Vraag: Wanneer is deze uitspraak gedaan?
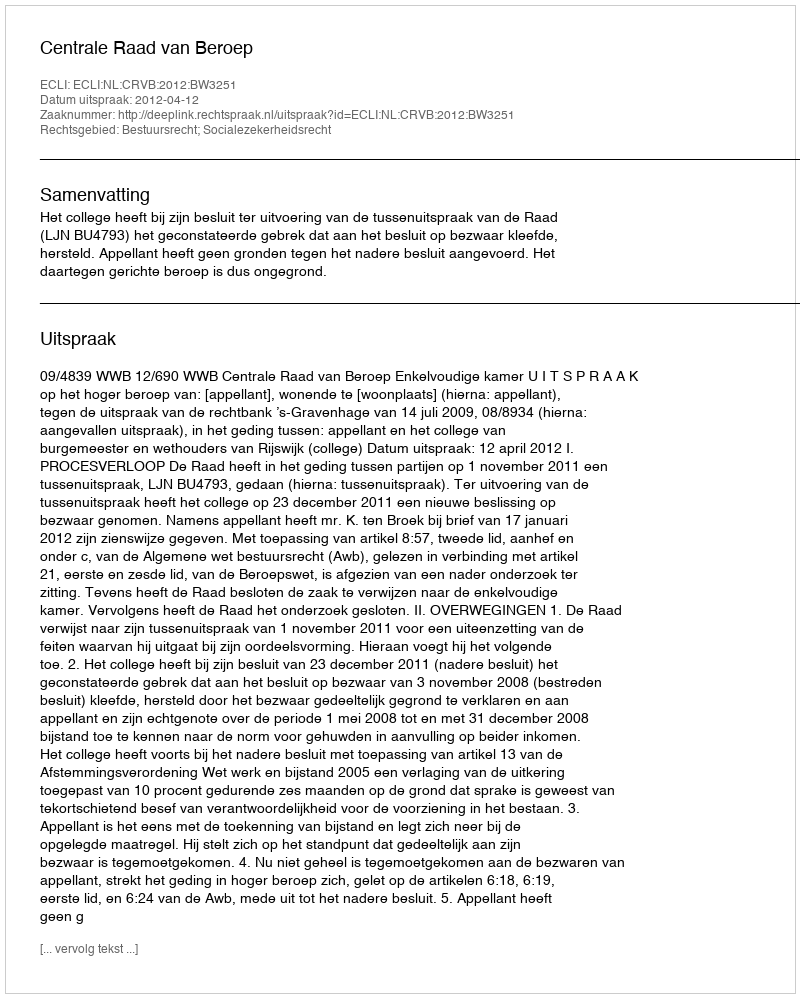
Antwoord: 2012-04-12